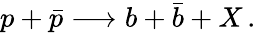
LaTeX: p+\bar{p}\longrightarrow b+\bar{b}+X\, .